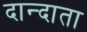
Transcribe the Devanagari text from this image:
दान्दाता